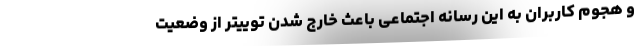
و هجوم کاربران به این رسانه اجتماعی باعث خارج شدن توییتر از وضعیت